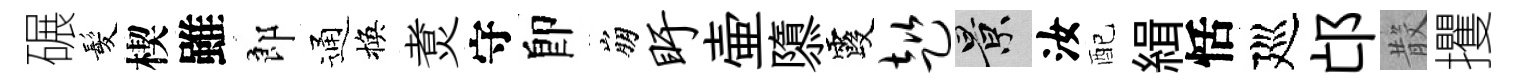
碾髪楔雖郎通換煑守卽崩盱壷隳霞趑景汝配緝恬廵邙𣪚攫